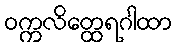
ဝက္ကလိတ္ထေရဂါထာ